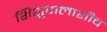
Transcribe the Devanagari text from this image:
शिशुपालाशीच